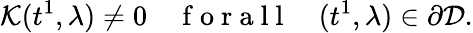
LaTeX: \mathcal{K}(t^{1},\lambda)\neq 0\quad\mathrm{~f~o~r~a~l~l~}\quad(t^{1},\lambda)\in\partial\mathcal{D}.